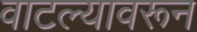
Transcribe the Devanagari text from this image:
वाटल्यावरून